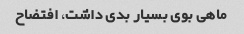
ماهی بوی بسیار بدی داشت، افتضاح